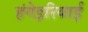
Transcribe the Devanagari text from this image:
हंगेइरियाई